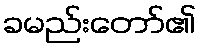
ခမည်းတော်၏